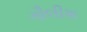
ગૌલીશ